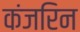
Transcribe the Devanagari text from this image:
कंजरिन